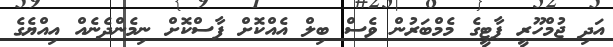
އަދި ޖުމްހޫރީ ޕާޓީގެ މެމްބަރުން ވެސް ބިލް އެއްކޮށް ފާސްކޮށް ނިމެންދެނެއް އިއްޔެގެ